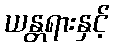
ယန္တရားနှင့်